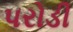
પરોડી